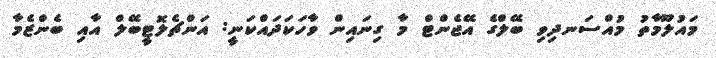
މައުލޫމާތު މުއްސަނދިވި ބޭލްގެ އޭޖެންޓް މާ ގިނައިން ވާހަކަދައްކަނީ: އަންޗެލޮޓީބޭލް އާއި ބެންޒެމާ